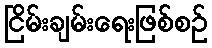
ငြိမ်းချမ်းရေးဖြစ်စဉ်